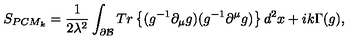
S _ { P C M _ { k } } = \frac { 1 } { 2 \lambda ^ { 2 } } \int _ { \partial { \cal B } } T r \left\{ ( g ^ { - 1 } \partial _ { \mu } g ) ( g ^ { - 1 } \partial ^ { \mu } g ) \right\} d ^ { 2 } x + i k \Gamma ( g ) ,